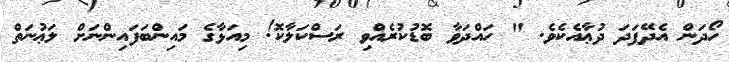
ހޯދަން އެދޭފަދަ ދުޢާއެކެވެ. " ހައްދަވާ ބޮޑުކުރެއްވި ރަސްކަލާކޮ! މިއަޅާގެ މައިންބަފައިންނަށް ލަޢުނަތް